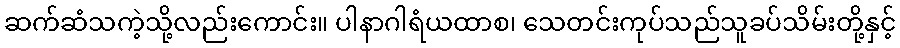
ဆက်ဆံသကဲ့သို့လည်းကောင်း။ ပါနာဂါရံယထာစ၊ သေတင်းကုပ်သည်သူခပ်သိမ်းတို့နှင့်